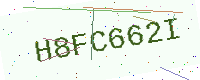
Text: H8FC662I